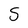
Character: S